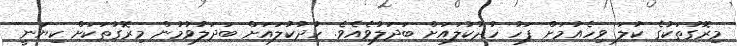
މިރޮގުތަކުގެ ކުލަ ވިހެއުމަށް ފަހު ހުދުކުލައަށް ބަދަލުވެއެވެ. ހުދުކުލައަށް ބަދަލުވުމުން މިރޮގުތަކަށް ކިޔަނީ